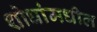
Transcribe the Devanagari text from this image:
शोधांमधील